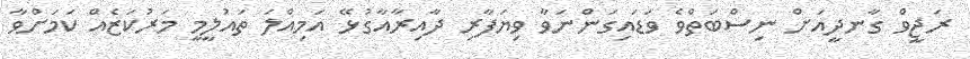
ރަޖީވް ގާނދީއަށް ނިސްބަތްވެ ވަޑައިގަންނަވާ ވިޔަފާރި ދާއިރާއާގުޅޭ އަމިއްލަ ތައުލީމީ މަރުކަޒެއް ކަމަށްވާ